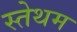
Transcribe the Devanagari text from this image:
स्तेथम